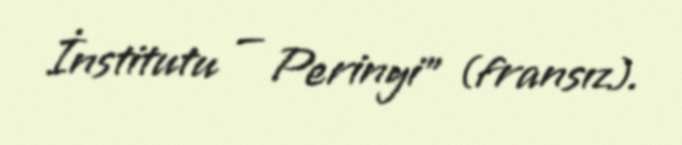
İnstitutu — Perinyi" (fransız).